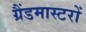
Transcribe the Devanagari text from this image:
ग्रैंडमास्टरों